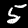
Digit: 5